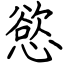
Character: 慾